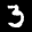
Label: 3